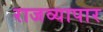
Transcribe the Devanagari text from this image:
राजव्यापार